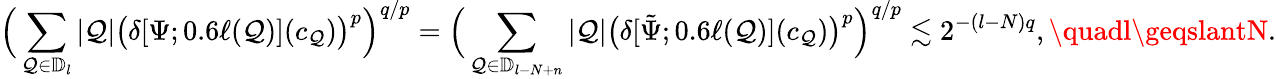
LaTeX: {\Big(\sum_{\mathcal{Q}\in\mathbb{{D}}_{l}}|\mathcal{Q}|\big(\delta[\Psi;0.6\ell(\mathcal{Q})](c_{\mathcal{Q}})\big)^{p}\Big)^{q/p}=\Big(\sum_{\mathcal{Q}\in\mathbb{{D}}_{l-N+n}}|\mathcal{Q}|\big(\delta[\tilde{{\Psi}};0.6\ell(\mathcal{Q})](c_{\mathcal{Q}})\big)^{p}\Big)^{q/p}\lesssim2^{-(l-N)q},\quadl\geqslantN.}